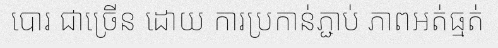
បោរ ជាច្រើន ដោយ ការប្រកាន់ភ្ជាប់ ភាពអត់ធ្មត់